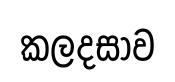
කලදසාව